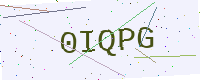
Text: 0IQPG